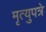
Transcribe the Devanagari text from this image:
मृत्युपत्रे